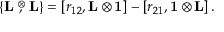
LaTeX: \{ \mathrm { { \bf L } } \stackrel { \otimes } { , } \mathrm { { \bf L } } \} = \left[ r _ { 1 2 } , \mathrm { { \bf L } } \otimes \mathrm { { \bf 1 } } \right] - \left[ r _ { 2 1 } , \mathrm { { \bf 1 } } \otimes \mathrm { { \bf L } } \right] .